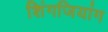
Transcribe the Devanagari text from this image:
शिंगजियांग